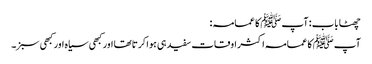
چھٹا باب : آپ ﷺ کا عمامہ :
آپ ﷺ کا عمامہ اکثر اوقات سفید ہی ہوا کرتاتھا اور کبھی سیاہ اور کبھی سبز۔